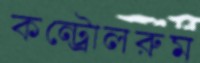
কন্ট্রোলরুম